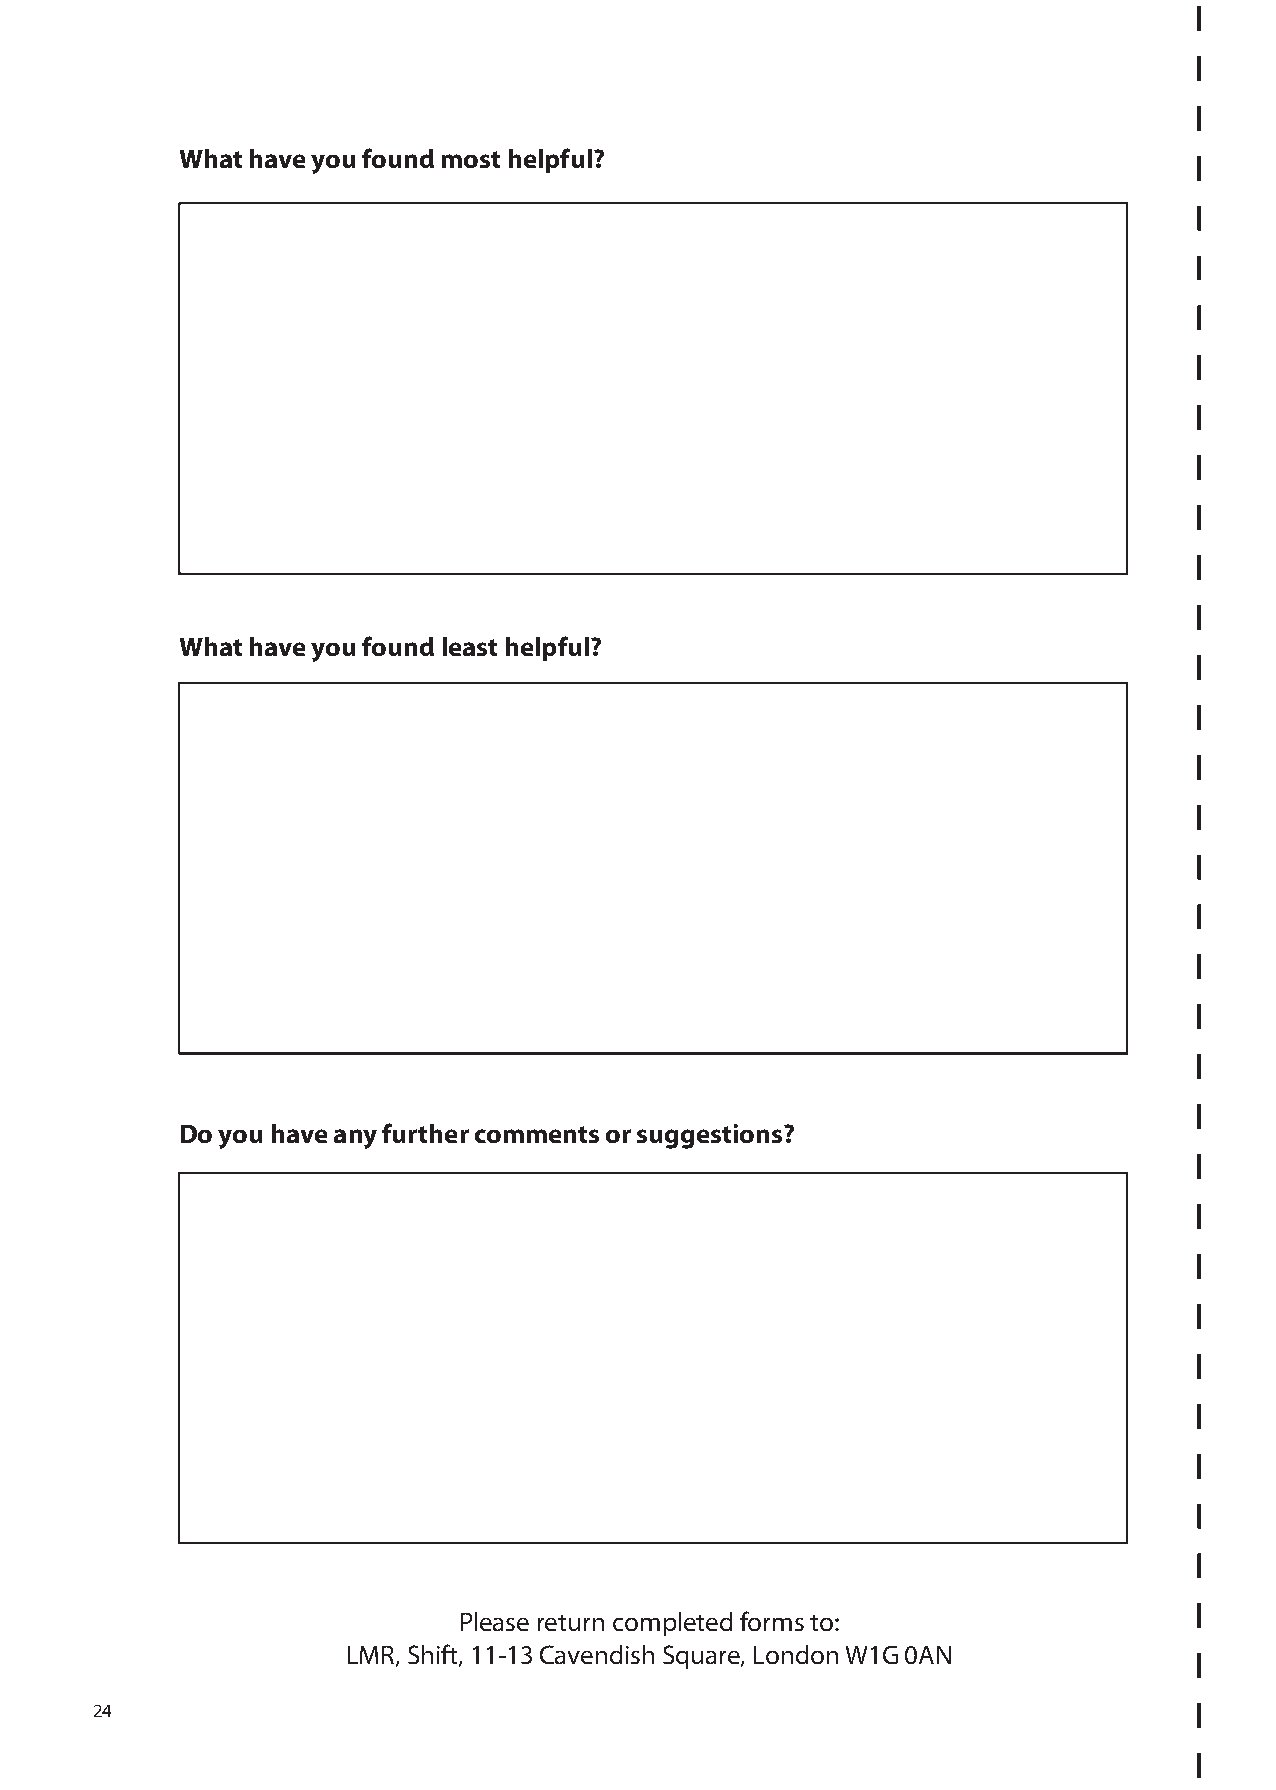
What have you found most helpful?
 What have you found least helpful?
 Do you have any further comments or suggestions?
 Please return completed forms to:
 LMR, Shift, - Cavendish Square, London WG 0AN
 24